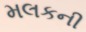
મલકની